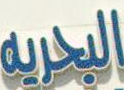
البحريه